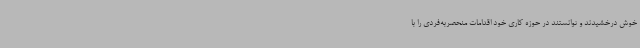
خوش درخشیدند و توانستند در حوزه کاری خود اقدامات منحصربه‌فردی را با